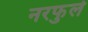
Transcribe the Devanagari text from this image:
नरफुले